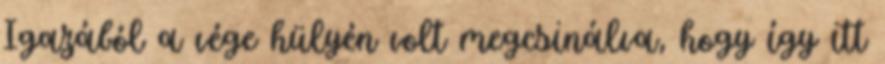
Igazából a vége hülyén volt megcsinálva, hogy így itt